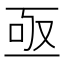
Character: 亟